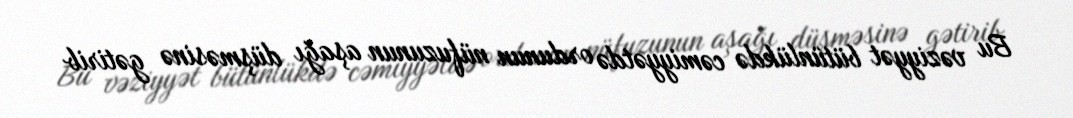
Bu vəziyyət bütünlükdə cəmiyyətdə ordunun nüfuzunun aşağı düşməsinə gətirib